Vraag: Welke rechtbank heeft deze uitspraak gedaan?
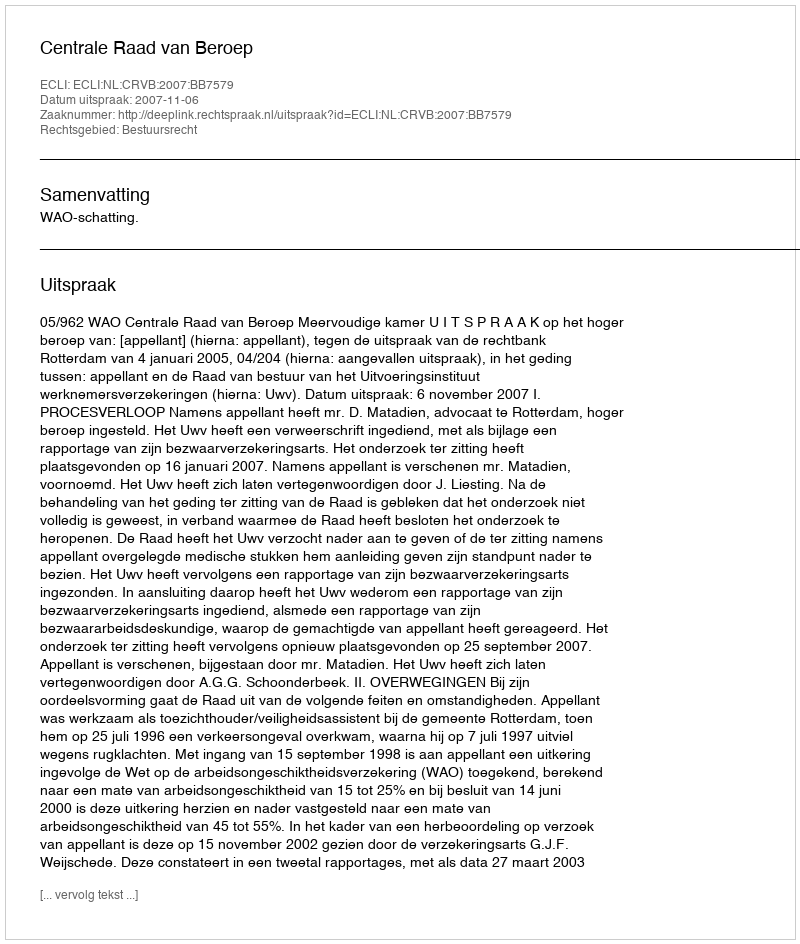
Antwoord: Centrale Raad van Beroep